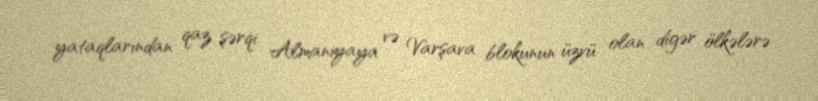
yataqlarından qaz şərqi Almaniyaya və Varşava blokunun üzvü olan digər ölkələrə